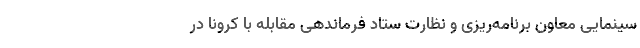
سینمایی معاون برنامه‌ریزی و نظارت ستاد فرماندهی مقابله با کرونا در